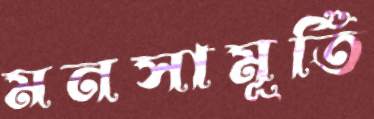
মনসামূর্তি